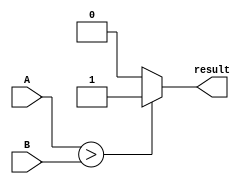
module inequality_comparator (
  input signed [31:0] A,
  input signed [31:0] B,
  output reg result
);

  always @ (A or B) begin
    if (A > B)
      result = 1;
    else if (A < B)
      result = 0;
    else
      result = 0; // A is equal to B
  end

endmodule